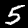
Digit: 5